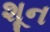
શૂન